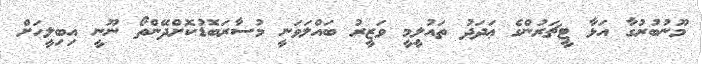
މޫނުބުރުގާ އަޅާ ޓީޗަރުންގެ ޢަދަދު ތައުލީމީ ވަޒީރު ބައްލަވަނީ މުސާރަބޮޑުކޮށްދޭންތޯ ނޫނީ އިބިލީހަށް